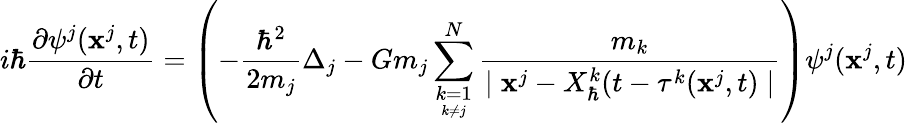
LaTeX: i\hbar\frac{\partial\psi^{j}(\textbf{x}^{j},t)}{\partial t}=\left(-\frac{\hbar^{2}}{2m_{j}}\Delta_{j}-Gm_{j}\sum_{\underset{k\neq j}{k=1}}^{N}\frac{m_{k}}{\mid\textbf{x}^{j}-X_{\hbar}^{k}(t-\tau^{k}(\textbf{x}^{j},t)\mid}\right)\psi^{j}(\textbf{x}^{j},t)